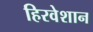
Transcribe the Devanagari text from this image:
हिरवेशान